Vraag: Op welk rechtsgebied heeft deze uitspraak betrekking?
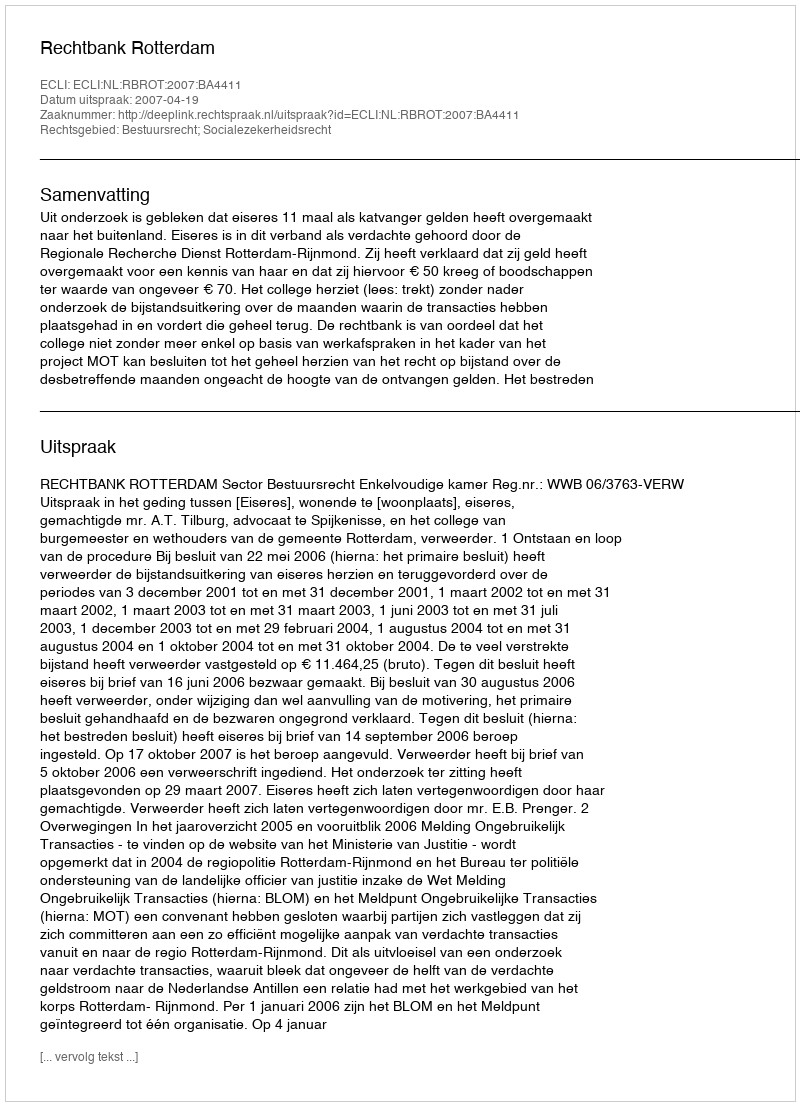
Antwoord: Bestuursrecht; Socialezekerheidsrecht